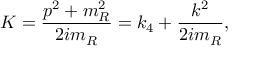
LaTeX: K = \frac { p ^ { 2 } + m _ { R } ^ { 2 } } { 2 i m _ { R } } = k _ { 4 } + \frac { k ^ { 2 } } { 2 i m _ { R } } ,